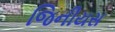
જિનીયસ